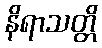
နိရာသတ္တိ